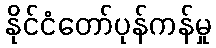
နိုင်ငံတော်ပုန်ကန်မှု